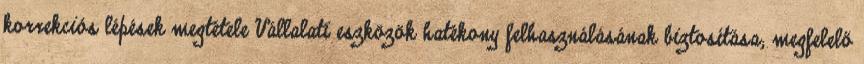
korrekciós lépések megtétele Vállalati eszközök hatékony felhasználásának biztosítása; megfelelő